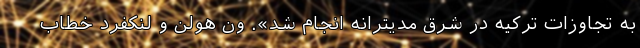
به تجاوزات ترکیه در شرق مدیترانه انجام شد». ون هولن و لنکفرد خطاب